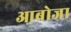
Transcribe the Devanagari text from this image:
आबोजा